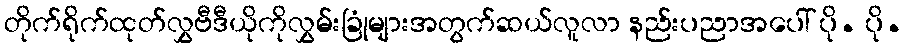
တိုက်ရိုက်ထုတ်လွှဗီဒီယိုကိုလွှမ်းခြုံများအတွက်ဆယ်လူလာ နည်းပညာအပေါ် ပို. ပို.